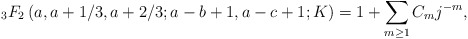
\begin{align*}\ _{3}F_2\left(a, a+1/3, a+2/3; a-b+1, a-c+1; K\right)=1+\sum_{m\geq 1}C_mj^{-m},\end{align*}